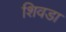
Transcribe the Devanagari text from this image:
शिवडा